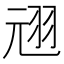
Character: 𫅣